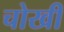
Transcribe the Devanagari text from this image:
चोखी